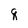
Character: q